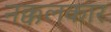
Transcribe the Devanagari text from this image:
नक्कलकार